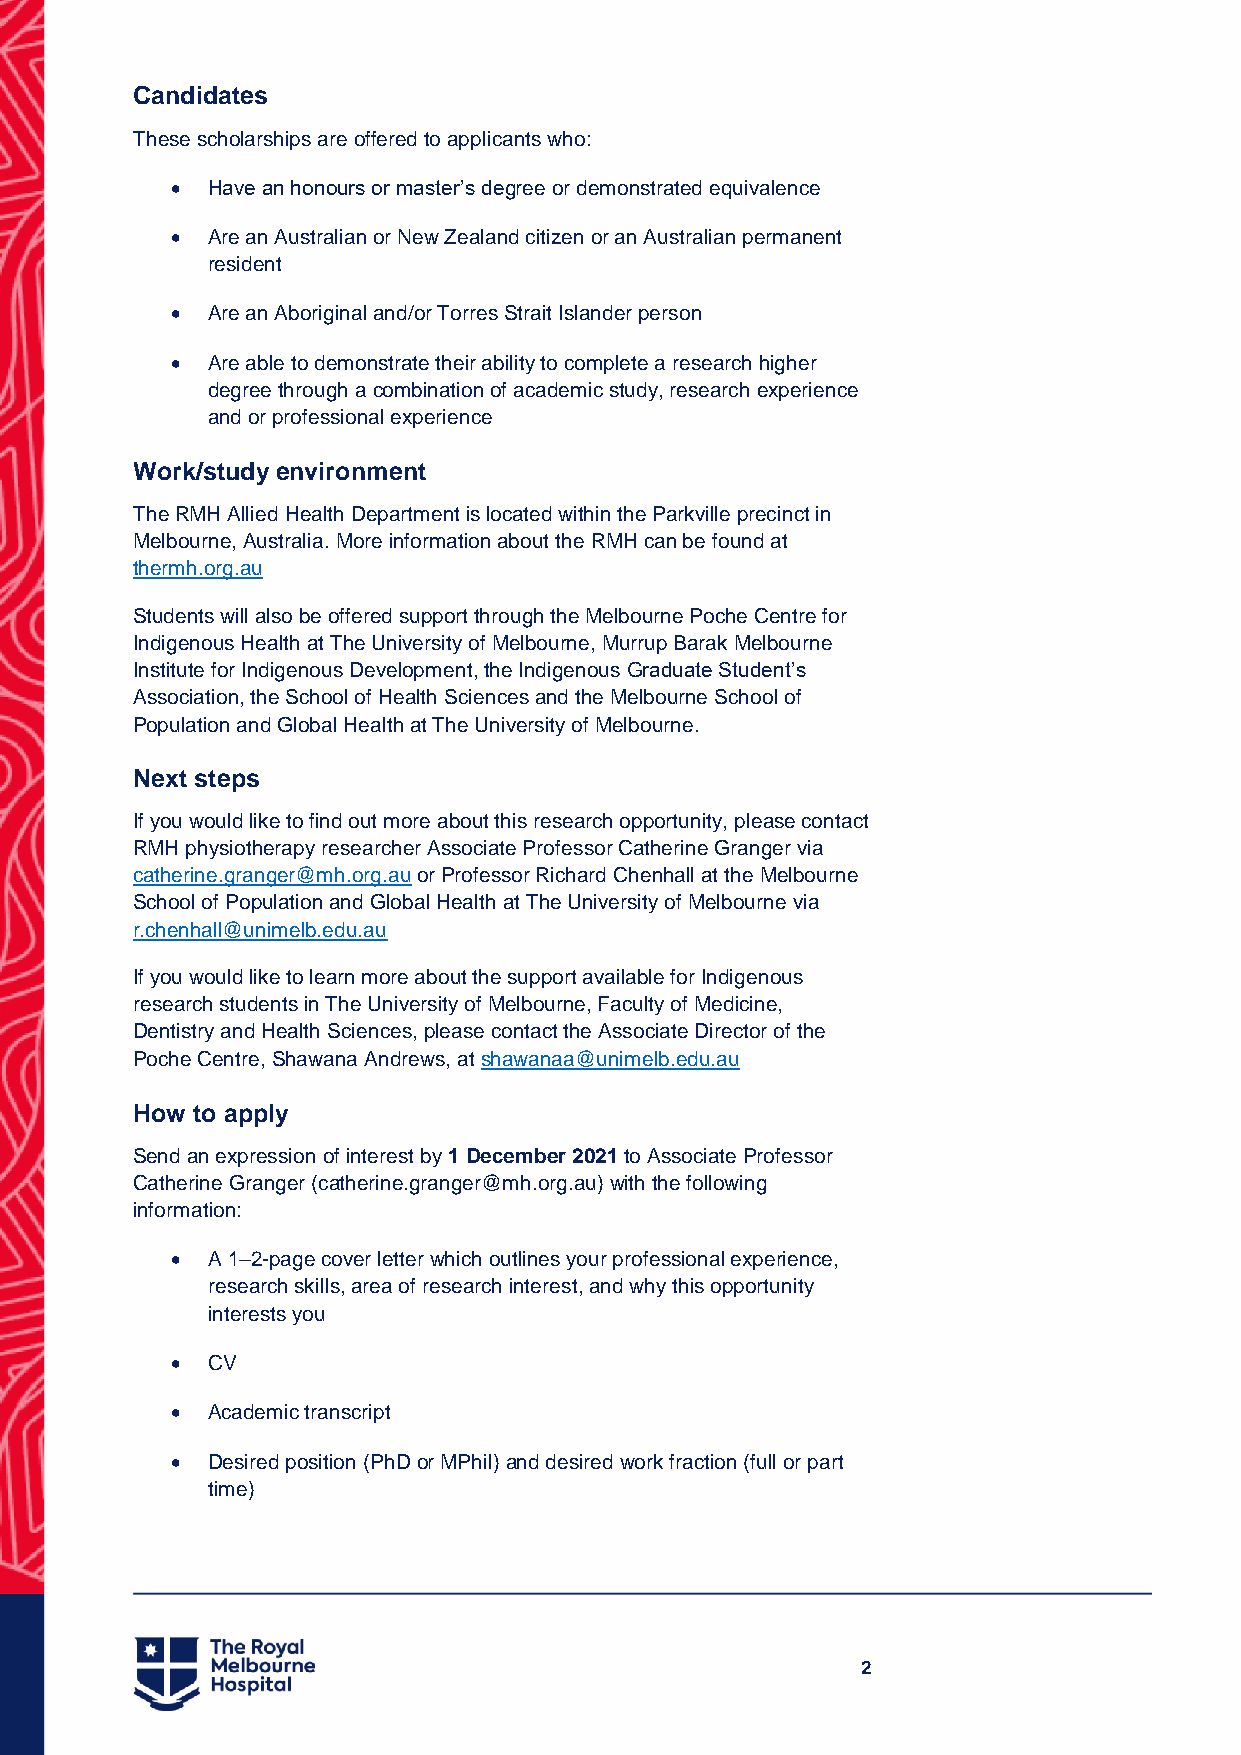
Candidates
 These scholarships are offered to applicants who:
   Have an honours or master’s degree or demonstrated equivalence
   Are an Australian or New Zealand citizen or an Australian permanent
 resident
   Are an Aboriginal and/or Torres Strait Islander person
   Are able to demonstrate their ability to complete a research higher
 degree through a combination of academic study, research experience
 and or professional experience
 Work/study environment
 The RMH Allied Health Department is located within the Parkville precinct in
 Melbourne, Australia. More information about the RMH can be found at
 thermh.org.au
 Students will also be offered support through the Melbourne Poche Centre for
 Indigenous Health at The University of Melbourne, Murrup Barak Melbourne
 Institute for Indigenous Development, the Indigenous Graduate Student’s
 Association, the School of Health Sciences and the Melbourne School of
 Population and Global Health at The University of Melbourne.
 Next steps
 If you would like to find out more about this research opportunity, please contact
 RMH physiotherapy researcher Associate Professor Catherine Granger via
 catherine.granger@mh.org.au or Professor Richard Chenhall at the Melbourne
 School of Population and Global Health at The University of Melbourne via
 r.chenhall@unimelb.edu.au
 If you would like to learn more about the support available for Indigenous
 research students in The University of Melbourne, Faculty of Medicine,
 Dentistry and Health Sciences, please contact the Associate Director of the
 Poche Centre, Shawana Andrews, at shawanaa@unimelb.edu.au
 How to apply
 Send an expression of interest by 1 December 2021 to Associate Professor
 Catherine Granger (catherine.granger@mh.org.au) with the following
 information:
   A 1–2-page cover letter which outlines your professional experience,
 research skills, area of research interest, and why this opportunity
 interests you
   CV
   Academic transcript
   Desired position (PhD or MPhil) and desired work fraction (full or part
 time)
 2